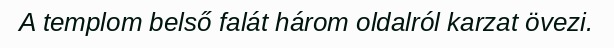
A templom belső falát három oldalról karzat övezi.